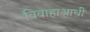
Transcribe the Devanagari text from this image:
विवाहाआधी